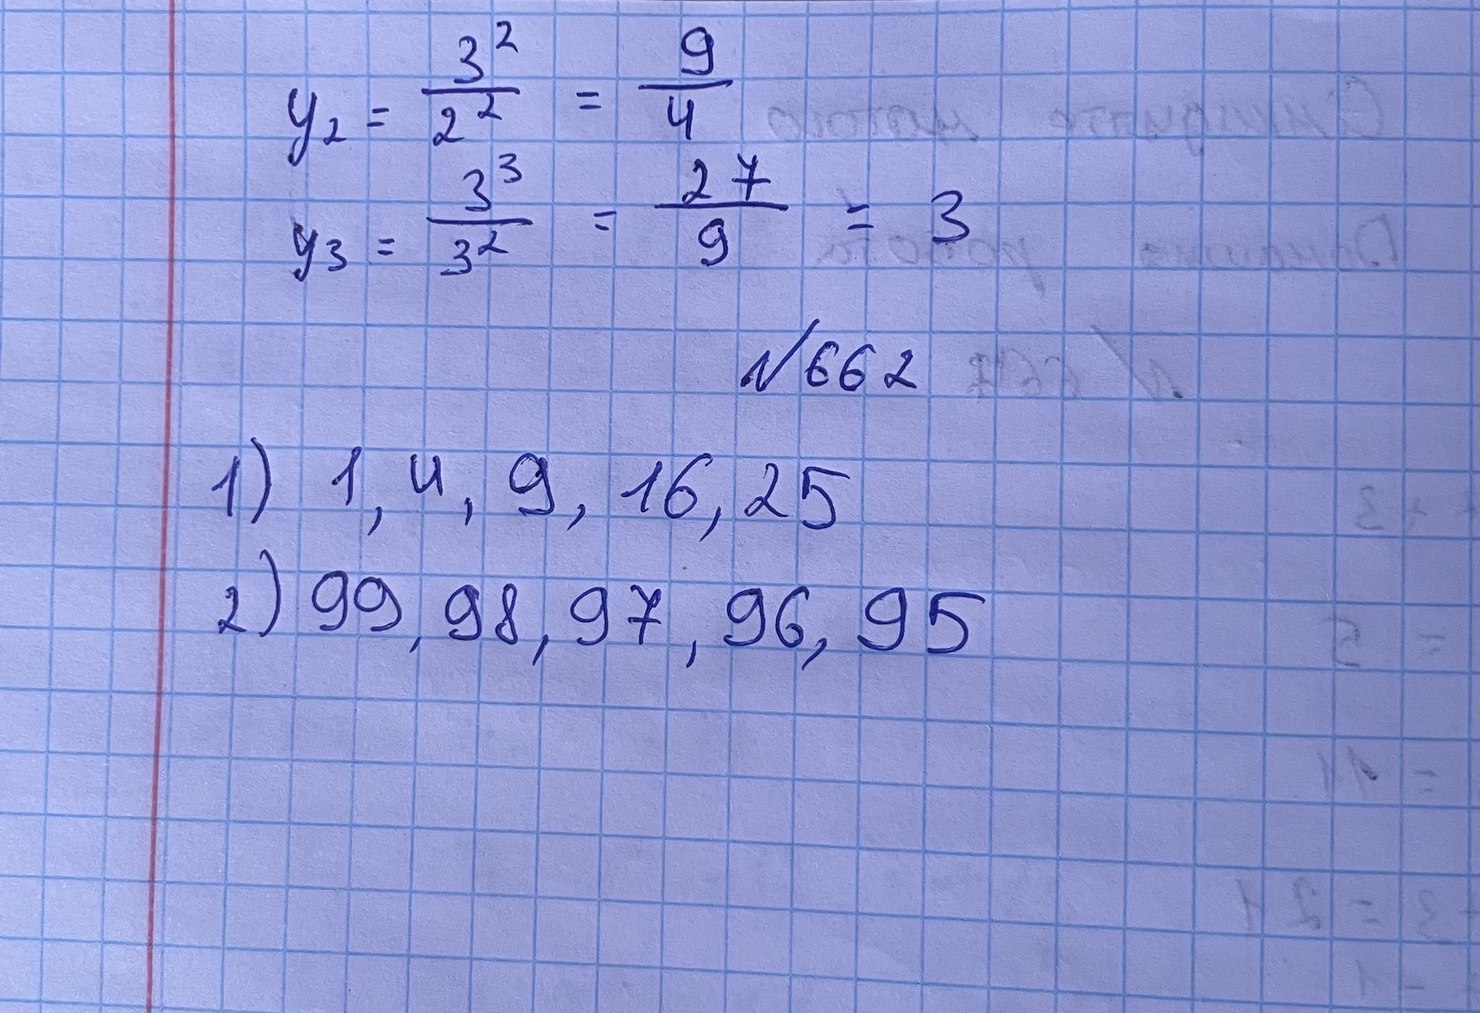
y_2 = \frac{3^2}{2^2} = \frac{9}{4}
y_3 = \frac{3^3}{3^2} = \frac{27}{9} = 3
№ 662
1) 1, 4, 9, 16, 25
2) 99, 98, 97, 96, 95